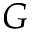
G